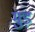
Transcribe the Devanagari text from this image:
मुड़़